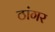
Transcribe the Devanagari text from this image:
ठांगर